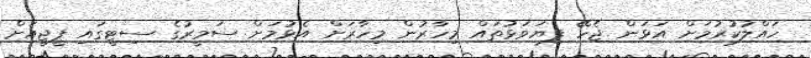
ހައްލުކުރުމަށް އަޅަން ޖެހޭ ފިޔަވަޅުތައް މިހާރުން މިހާރަށް އެޅުމަށް ސަމީރުގެ ސިޓީގައި ޕީޖީއަށް